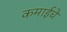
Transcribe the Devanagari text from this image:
कमाईचे